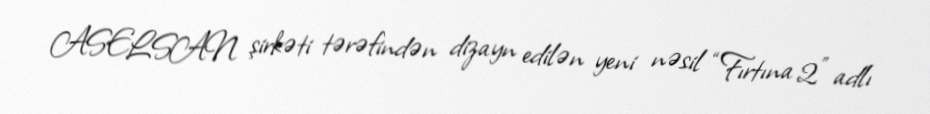
ASELSAN şirkəti tərəfindən dizayn edilən yeni nəsil “Fırtına 2” adlı